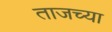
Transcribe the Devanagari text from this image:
ताजच्या